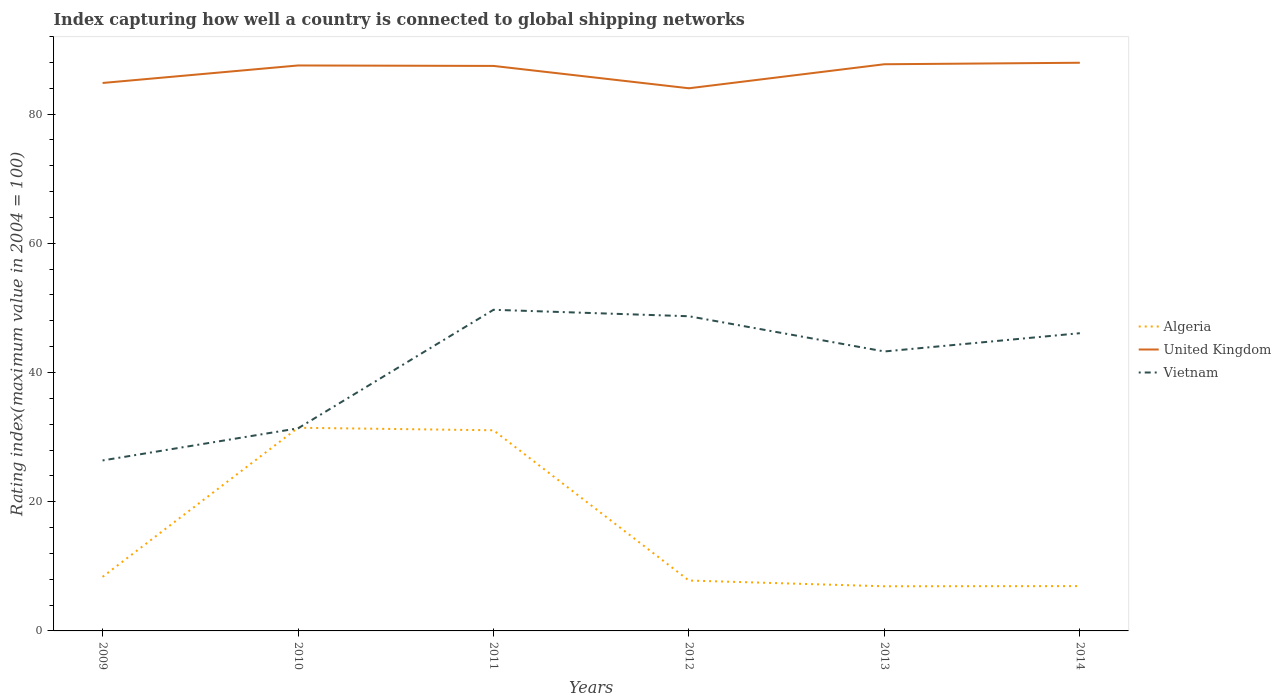
| Years | Algeria | United Kingdom | Vietnam |
 | --- | --- | --- | --- |
 | 2009 | 8.37 | 84.8 | 26.4 |
 | 2010 | 31.4 | 87.5 | 31.4 |
 | 2011 | 31.1 | 87.5 | 49.7 |
 | 2012 | 7.8 | 84 | 48.7 |
 | 2013 | 6.91 | 87.7 | 43.3 |
 | 2014 | 6.94 | 88 | 46.1 |